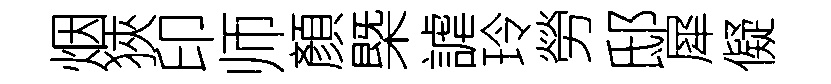
烟狹印师顏㮣謔玲勞邸犀儗